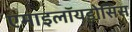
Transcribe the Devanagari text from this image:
एमाइलॉयडोसिस